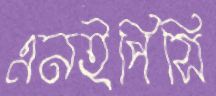
এনইপিসি